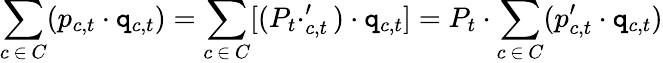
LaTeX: \sum_{c\, \in\, C}(p_{c,t}\cdot\mathtt{q}_{c,t})=\sum_{c\, \in\, C}[(P_{t}\cdotp_{c,t}^{\prime})\cdot\mathtt{q}_{c,t}]=P_{t}\cdot\sum_{c\, \in\, C}(p_{c,t}^{\prime}\cdot\mathtt{q}_{c,t})